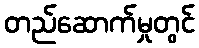
တည်ဆောက်မှုတွင်